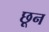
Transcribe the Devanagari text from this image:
छून